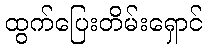
ထွက်ပြေးတိမ်းရှောင်